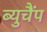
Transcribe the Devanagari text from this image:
ब्युचैंप